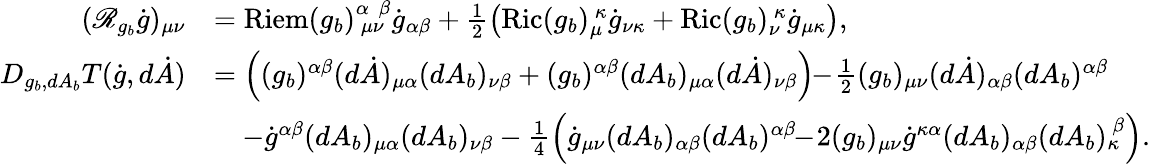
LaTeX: \begin{array}{rl}{(\mathscr{R}_{g_{b}}\dot{g})_{\mu\nu}}&{=\mathrm{Riem}(g_{b})_{\ \mu\nu}^{\alpha\ \ \beta}\dot{g}_{\alpha\beta}+\frac 12\left(\mathrm{Ric}(g_{b})_{\mu}^{\ \kappa}\dot{g}_{\nu\kappa}+\mathrm{Ric}(g_{b})_{\nu}^{\ \kappa}\dot{g}_{\mu\kappa}\right),}\\ {D_{g_{b},dA_{b}}T(\dot{g},d\dot{A})}&{=\left((g_{b})^{\alpha\beta}(d\dot{A})_{\mu\alpha}(dA_{b})_{\nu\beta}+(g_{b})^{\alpha\beta}(dA_{b})_{\mu\alpha}(d\dot{A})_{\nu\beta}\right)\! \! -\! \frac 12(g_{b})_{\mu\nu}(d\dot{A})_{\alpha\beta}(dA_{b})^{\alpha\beta}}\\ &{\quad-\dot{g}^{\alpha\beta}(dA_{b})_{\mu\alpha}(dA_{b})_{\nu\beta}-\frac 14\left(\dot{g}_{\mu\nu}(dA_{b})_{\alpha\beta}(dA_{b})^{\alpha\beta}\! \! -\! 2(g_{b})_{\mu\nu}\dot{g}^{\kappa\alpha}(dA_{b})_{\alpha\beta}(dA_{b})_{\kappa}^{~\beta}\right).}\end{array}